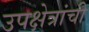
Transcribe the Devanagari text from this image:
उपक्षेत्रांची